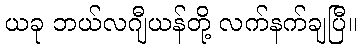
ယခု ဘယ်လဂျီယန်တို့ လက်နက်ချပြီ။